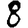
Digit: 8